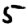
Digit: 5